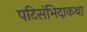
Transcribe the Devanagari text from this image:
पटिसंभिदाकथा